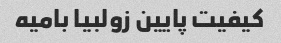
کیفیت پایین زولبیا بامیه